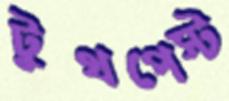
টুথপেস্ট